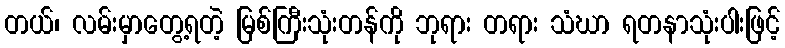
တယ်၊ လမ်းမှာတွေ့ရတဲ့ မြစ်ကြီးသုံးတန်ကို ဘုရား တရား သံဃာ ရတနာသုံးပါးဖြင့်